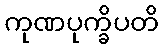
ကုဏပုက္ခိပတိ